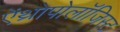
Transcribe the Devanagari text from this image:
ऐंथ्रोपोलॉजिस्ट